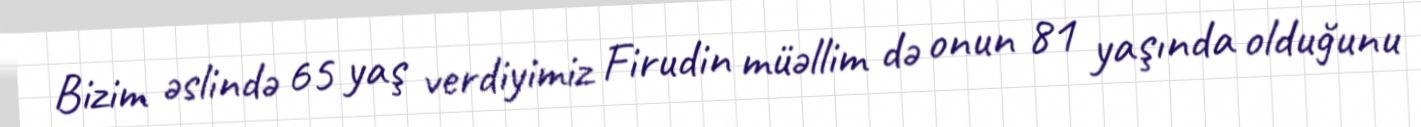
Bizim əslində 65 yaş verdiyimiz Firudin müəllim də onun 81 yaşında olduğunu